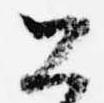
公